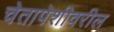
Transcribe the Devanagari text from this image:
चेतापेशीवरील